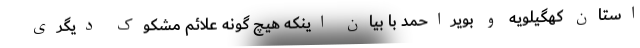
استان کهگیلویه و بویراحمد با بیان اینکه هیچ گونه علائم مشکوک دیگری